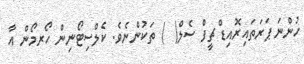
ހުންނަ ޕަރަތައިރޮއިޑް ޗީފް ސެލް(  ) ތަކުންނެވެ. ކެލްސިޓޯނިން ހޯރމޯން އާ